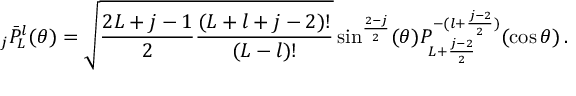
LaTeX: { } _ { j } { \bar { P } } _ { L } ^ { l } ( \theta ) = { \sqrt { { \frac { 2 L + j - 1 } { 2 } } { \frac { ( L + l + j - 2 ) ! } { ( L - l ) ! } } } } \sin ^ { \frac { 2 - j } { 2 } } ( \theta ) P _ { L + { \frac { j - 2 } { 2 } } } ^ { - ( l + { \frac { j - 2 } { 2 } } ) } ( \cos \theta ) \, .